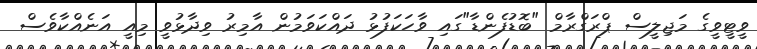
ވީޓީވީގެ މަޖިލީސް ޕްރަގްރާމް "ބޮޑުފެންޑާ"ގައި ވާހަކަފުޅު ދައްކަވަމުން އާމިރު ވިދާޅުވީ މިއީ އަނެއްކާވެސް